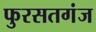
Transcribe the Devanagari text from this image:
फुरसतगंज